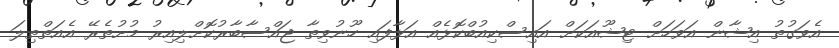
އެވަގުތު އިޝާން އަވަހަށް ޓިޝޫއަކަށް އައިސްކިއުބްކޮޅެއް އަޅާފައި ހޫނުވިތާ ޖައްސާބާރުކޮށްލިއިރު މުށުތެރޭ އެއަތްތިލަ